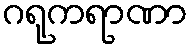
ဂရုကရာဏာ